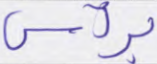
برأس